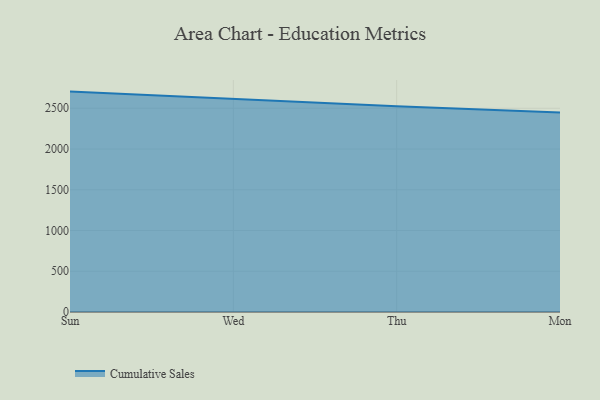
{"axis": {"x": "Day", "y": "Customer Acquisition Cost (USD)"}, "legend": ["Cumulative Sales"], "data": [{"x": "Sun", "y": 2704.7, "type": "Cumulative Sales"}, {"x": "Wed", "y": 2614.8, "type": "Cumulative Sales"}, {"x": "Thu", "y": 2526.1, "type": "Cumulative Sales"}, {"x": "Mon", "y": 2448.9, "type": "Cumulative Sales"}]}